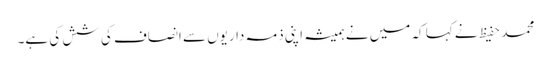
محمد حفیظ نے کہا کہ میں نے ہمیشہ اپنی ذمہ داریوں سے انصاف کی شش کی ہے۔